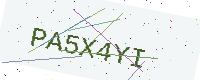
Text: PA5X4YI